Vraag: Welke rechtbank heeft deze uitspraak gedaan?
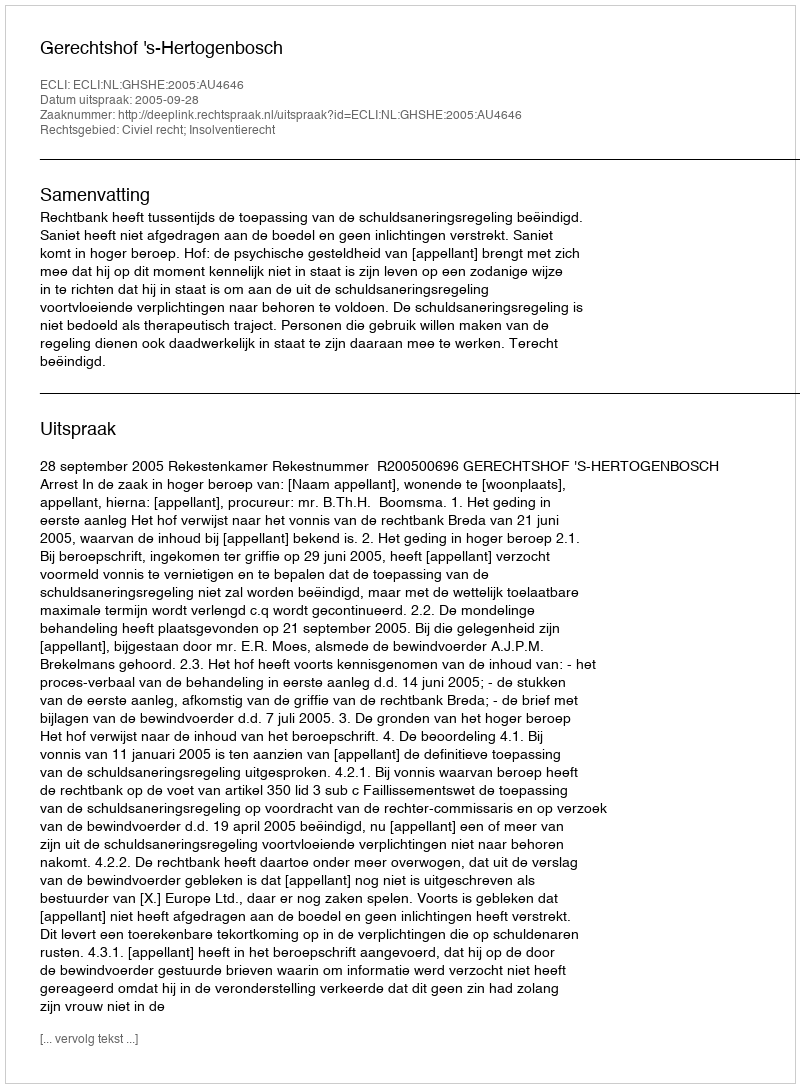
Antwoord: Gerechtshof 's-Hertogenbosch